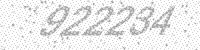
Solution: 922234